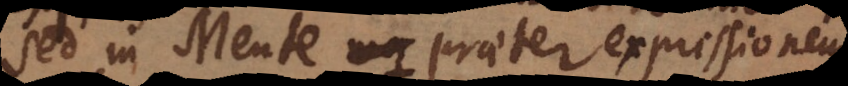
Sed in Mente praeter expressionem